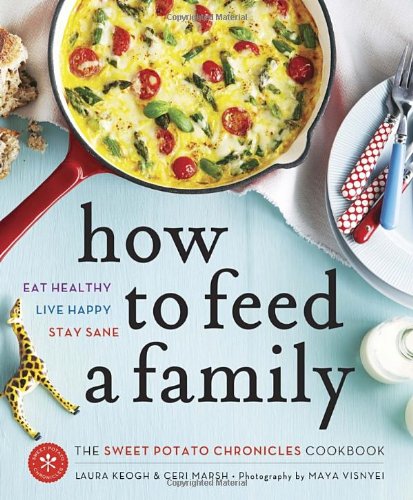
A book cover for How to Feed a Family: The Sweet Potato Chronicles Cookbook; Laura Keogh; Cookbooks, Food & Wine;